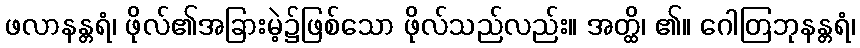
ဖလာနန္တရံ၊ ဖိုလ်၏အခြားမဲ့၌ဖြစ်သော ဖိုလ်သည်လည်း။ အတ္ထိ၊ ၏။ ဂေါတြဘုနန္တရံ၊